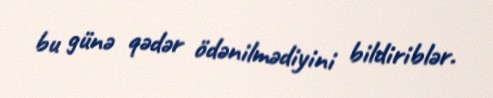
bu günə qədər ödənilmədiyini bildiriblər.